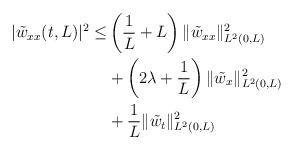
LaTeX: \begin{align*}|\tilde{w}_{xx}(t,L)|^2\leq &\left(\frac{1}{L}+L\right)\Vert \tilde{w}_{xx}\Vert_{L^2(0,L)}^2 \\&+\left(2\lambda +\frac{1}{L}\right)\Vert \tilde w_x\Vert_{L^2(0,L)}^2 \\& +\frac{1}{L}\Vert \tilde{w}_t\Vert_{L^2(0,L)}^2\end{align*}